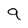
Character: 9